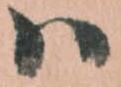
ハ